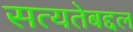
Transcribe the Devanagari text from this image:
सत्यतेबद्दल